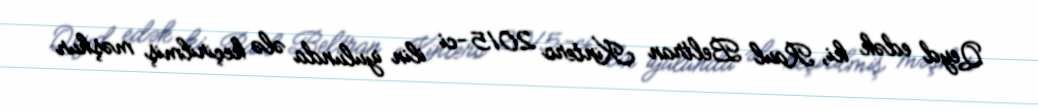
Qeyd edək ki, Raul Beltran Kintero 2015-ci ilin iyulunda ələ keçirilmiş məşhur